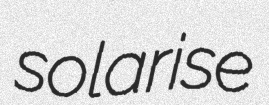
solarise